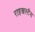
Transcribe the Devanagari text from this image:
राइखस्टैग